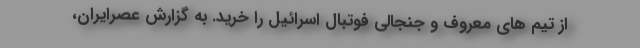
از تیم های معروف و جنجالی فوتبال اسرائیل را خرید. به گزارش عصرایران،